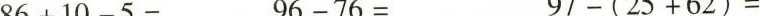
$$8 6 + 1 0 - 5 =$$$$9 6 - 7 6 =$$$$9 7 - ( 2 5+ 6 2 ) =$$